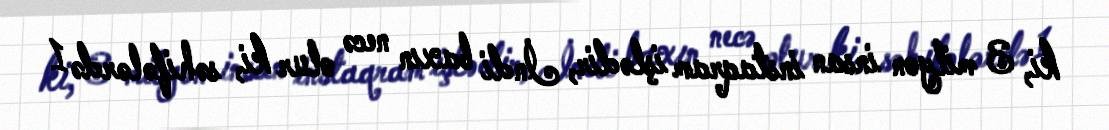
ki, 3 milyon insan instaqram işlədir, İndi baxın necə olur ki, səhifələrdə 1